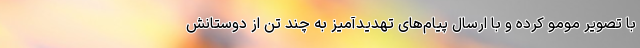
با تصویر مومو کرده و با ارسال پیام‌های تهدیدآمیز به چند تن از دوستانش